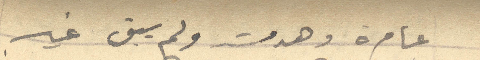
عامرة وهدمت ولم يبق غير